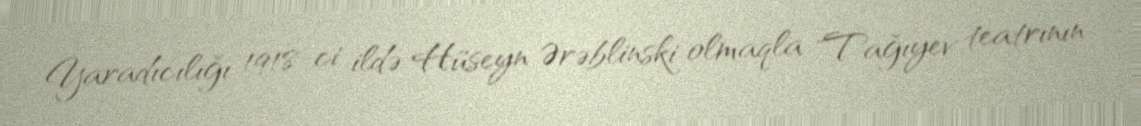
Yaradıcılığı 1918-ci ildə Hüseyn Ərəblinski olmaqla "Tağıyev teatrının